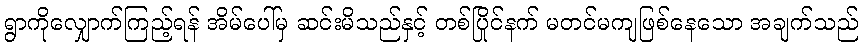
ရွာကိုလျှောက်ကြည့်ရန် အိမ်ပေါ်မှ ဆင်းမိသည်နှင့် တစ်ပြိုင်နက် မတင်မကျဖြစ်နေသော အချက်သည်